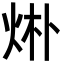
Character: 烞